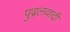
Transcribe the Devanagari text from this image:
पुद्गलवादी